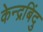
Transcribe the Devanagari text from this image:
केन्द्रबिंदु